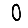
Digit: 0